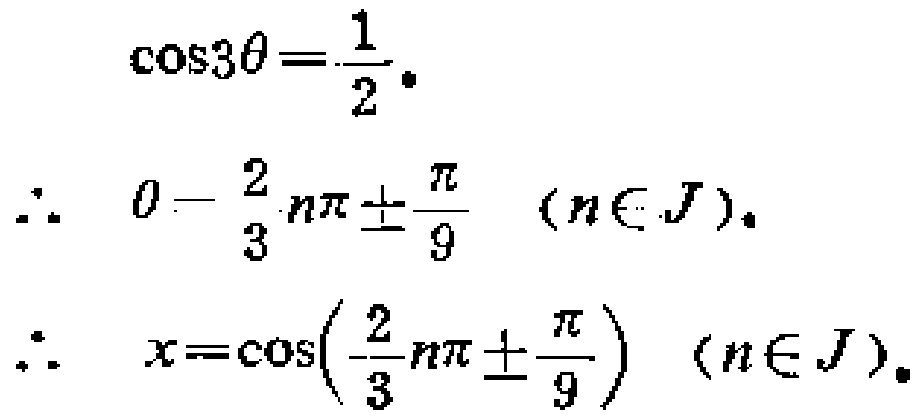
\[\begin{align*}

\cos3\theta&=\frac{1}{2}.\\

\therefore \theta&=\frac{2}{3}n\pi\pm\frac{\pi}{9}\quad(n\in J).\\

\therefore x&=\cos\left(\frac{2}{3}n\pi\pm\frac{\pi}{9}\right)\quad(n\in J).

\end{align*}\]